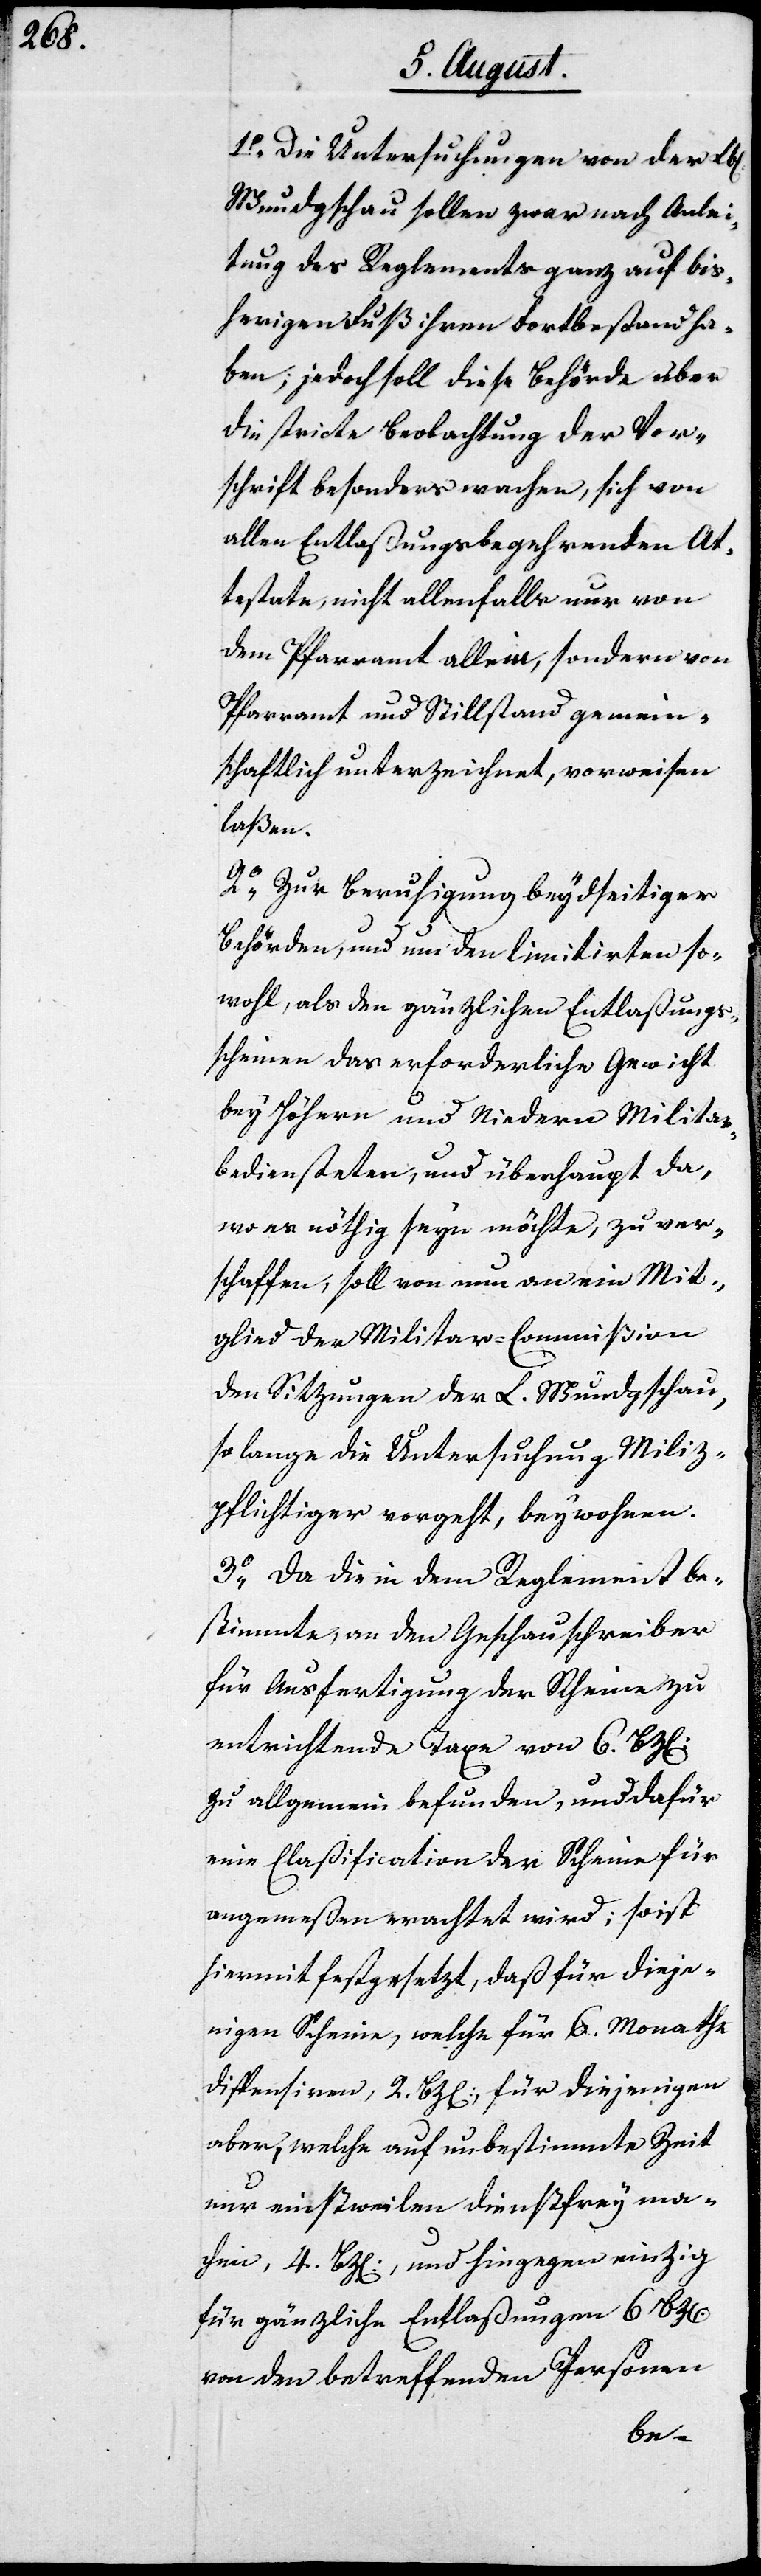
1.) Die Untersuchungen von der Lbl.
Wundgschau sollen zwar nach Anlei¬
tung des Reglements ganz auf bis¬
herigen Fuß ihren Fortbestand ha¬
ben; jedoch soll diese Behörde über
die stricte Beobachtung der Vor¬
schrift besonders wachen, sich von
allen Entlaßungsbegehrenden At¬
testate, nicht allenfalls nur von
dem Pfarramt allein, sondern von
Pfarramt und Stillstand gemein¬
schaftlich unterzeichnet, vorweisen
laßen.
2.) Zur Beruhigung beydseitiger
Behörden, und um den limitierten so¬
wohl, als den gänzlichen Entlaßungs¬
scheinen das erforderliche Gewicht
bey Höhern und Niedern Militar¬
bediensteten, und überhaupt da,
wo es nöthig seyn möchte, zu ver¬
schaffen, soll von nun an ein Mit¬
glied der Militar-Commißion
den Sitzungen der L. Wundgschau,
so lange die Untersuchung Miliz¬
pflichtiger vorgeht, beywohnen.
3.) Da die in dem Reglement be¬
stimmte, an den Geschauschreiber
für Ausfertigung der Scheine zu
entrichtende Taxe von 6 Bzen.
zu allgemein befunden, und dafür
eine Claßification der Scheine für
angemeßen erachtet wird; sonst
hiermit festgesetzt, daß für dieje¬
nigen Scheine, welche für 6 Monathe
dispensiren, 2 Bzen., für diejenigen
aber, welche auf unbestimmte Zeit
nur einstweilen dienstfrey mac¬
hen, 4 Bzen., und hingegen einzig
für gänzliche Entlaßungen 6 Bzen.
von den betreffenden Personen